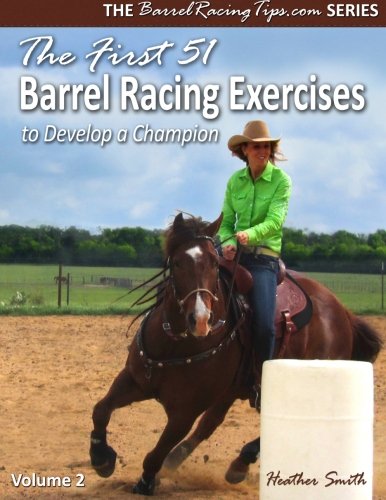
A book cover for The First 51 Barrel Racing Exercises to Develop a Champion (Volume 2); Heather A. Smith; Sports & Outdoors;